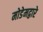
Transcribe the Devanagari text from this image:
मोडेमद्वारे